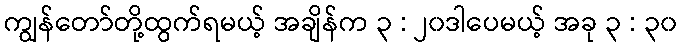
ကျွန်တော်တို့ထွက်ရမယ့် အချိန်က ၃ : ၂၀ဒါပေမယ့် အခု ၃ : ၃၀